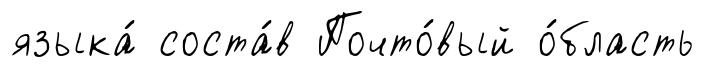
языка́ соста́в Почто́вый о́бласть